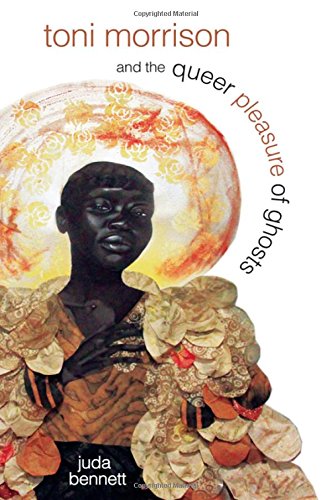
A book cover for Toni Morrison and the Queer Pleasure of Ghosts; Juda Bennett; Gay & Lesbian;